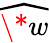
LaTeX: \widehat{\* w}